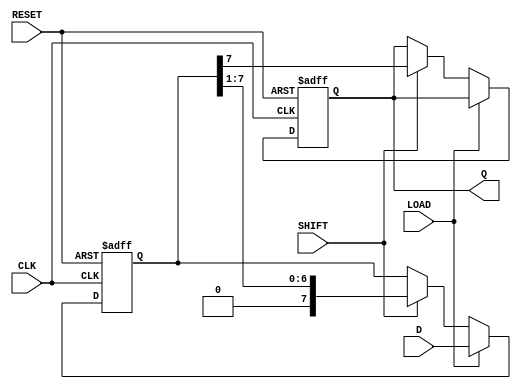
module PISO_Register (
    input wire [N-1:0] D,      // Parallel data input (N bits)
    input wire LOAD,            // Load signal
    input wire SHIFT,           // Shift signal
    input wire CLK,             // Clock signal
    input wire RESET,           // Asynchronous reset
    output reg Q               // Serial output
);
    parameter N = 8;            // Number of bits in the register
    reg [N-1:0] input_stage;    // Input stage to hold parallel data
    reg [N-1:0] output_stage;   // Output stage for serial shifting
    integer i;                  // Loop variable

    // Asynchronous reset and loading data
    always @(posedge CLK or posedge RESET) begin
        if (RESET) begin
            input_stage <= 0;    // Clear input stage
            output_stage <= 0;   // Clear output stage
            Q <= 0;              // Clear output Q
        end else begin
            if (LOAD) begin
                input_stage <= D; // Load data into input stage
                output_stage <= D; // Initialize output stage with input
            end else if (SHIFT) begin
                Q <= output_stage[N-1]; // Output the most significant bit
                // Shift right the output stage
                output_stage <= {1'b0, output_stage[N-1:1]};
            end
        end
    end

endmodule